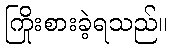
ကြိုးစားခဲ့ရသည်။